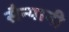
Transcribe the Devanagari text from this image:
सैन्यानी